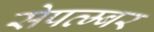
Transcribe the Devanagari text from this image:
सेपत्म्बर